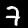
Label: 7